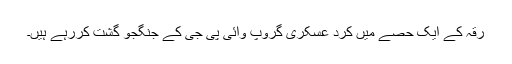
رقہ کے ایک حصے میں کرد عسکری گروپ وائی پی جی کے جنگجو گشت کررہے ہیں۔